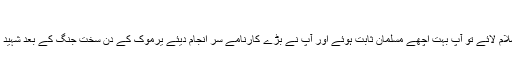
بطل اسلام حضرت عکرمہ بن ابی جہل رضی اللہ عنہ​
آپ زمانہ جاہلیت میں جانبازوں کے سردار تھے پھر جب اسلام لائے تو آپ بہت اچھے مسلمان ثابت ہوئے اور آپ نے بڑے کارنامے سر انجام دیئے یرموک کے دن سخت جنگ کے بعد شہید ہوگئے اس دن آپ کے جسم پر ستر سے زائد زخم آئے تھے۔